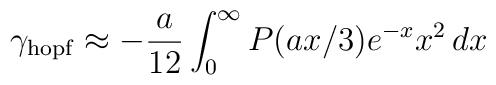
\gamma_{\rm hopf}\approx-\frac{a}{12}\int_0^\infty P(ax/3)e^{-x}x^2\,dx